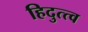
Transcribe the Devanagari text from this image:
हिदुत्त्व